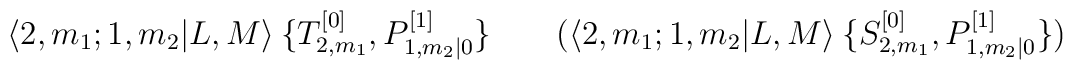
\langle 2,m_1 ; 1,m_2 | L,M \rangle \:    \{  T^{[0]}_{2,m_1} , P^{[1]}_{1,m_2 | 0} \}  \qquad    ( \langle 2,m_1 ; 1,m_2 | L,M \rangle \:    \{  S^{[0]}_{2,m_1} , P^{[1]}_{1,m_2 | 0} \} )